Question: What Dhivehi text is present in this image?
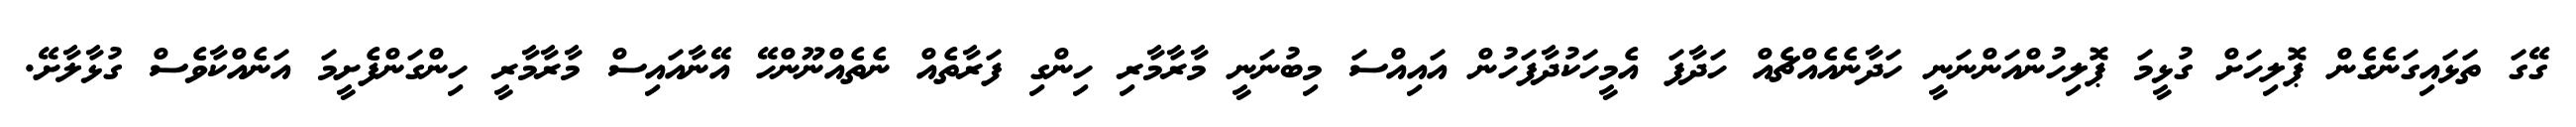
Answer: ގޭގަ ތަޅައިގަނެގެން ޕޮލިހަށް ގުޅީމަ ޕޮލިހުންއަންނަނީ ހަދާނެއެއްޗެއް ހަދާފަ އެމީހަކުދާފަހުން އައިއްސަ މިބުނަނީ މާރާމާރި ހިންގި ފަރާތެއް ނެތެއްނޫންހޭ އޭނާއައިސް މާރާމާރީ ހިންގަންފެށީމަ އަނެއްކާވެސް ގުޅާލާށޭ.